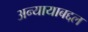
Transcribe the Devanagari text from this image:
अन्यायाबद्दल